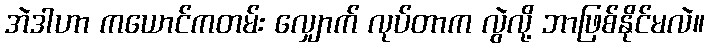
အဲဒါဟာ ကယောင်ကတမ်း လျှောက် လုပ်တာက လွဲလို့ ဘာဖြစ်နိုင်မလဲ။